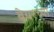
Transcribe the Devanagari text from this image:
बेयरच्या